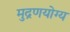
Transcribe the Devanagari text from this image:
मुद्रणयोग्य